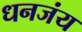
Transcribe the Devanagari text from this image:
धनजंय